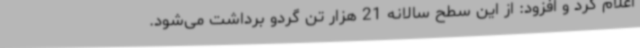
اعلام کرد و افزود: از این سطح سالانه 21 هزار تن گردو برداشت می‌شود.